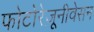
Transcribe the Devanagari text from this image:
फोटोरेज़ूनीवेसन